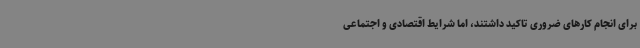
برای انجام کارهای ضروری تاکید داشتند، اما شرایط اقتصادی و اجتماعی